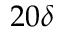
2 0 \delta